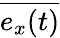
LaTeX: \overline{{e_{x}(t)}}